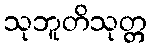
သုဘူတိသုတ္တ